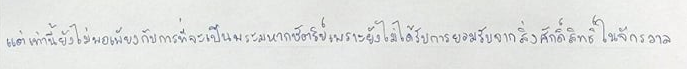
แต่เท่านี้ยังไม่พอเพียงกับการที่จะเป็นพระมหากษัตริย์เพราะยังไม่ได้รับการยอมรับจากสิ่งศักดิ์สิทธิ์ในจักรวาล